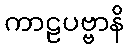
ကာဠပဗ္ဗာနိ